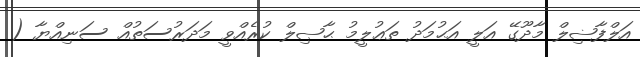
އަލްފާޟިލް މާދޫގޭ އަލީ އަޙުމަދު ތަޢުލީމު ޙާޞިލް ކުރެއްވީ މަދަރުސަތުއް ސަނިއްޔާ (